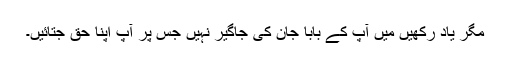
مگر یاد رکھیں میں آپ کے بابا جان کی جاگیر نہیں جس پر آپ اپنا حق جتائیں۔